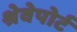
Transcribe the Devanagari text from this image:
श्रेवेपोर्ट